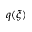
q ( \xi )